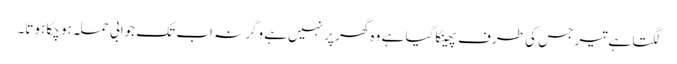
لگتا ہے تیر جس کی طرف پھینکا گیا ہے وہ گھر پر نہیں‌ہے وگرنہ اب تک جوابی حملہ ہو چکا ہوتا۔